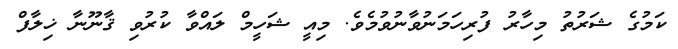
ކަމުގެ ޝަރުތު މިހާރު ފުރިހަމަނުވާނުވުމެވެ. މިއީ ޝަހީމް ލައްވާ ކުރުވި ޤާނޫނާ ޚިލާފް